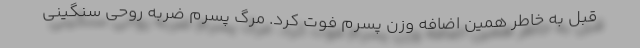
قبل به خاطر همین اضافه وزن پسرم فوت کرد. مرگ پسرم ضربه روحی سنگینی